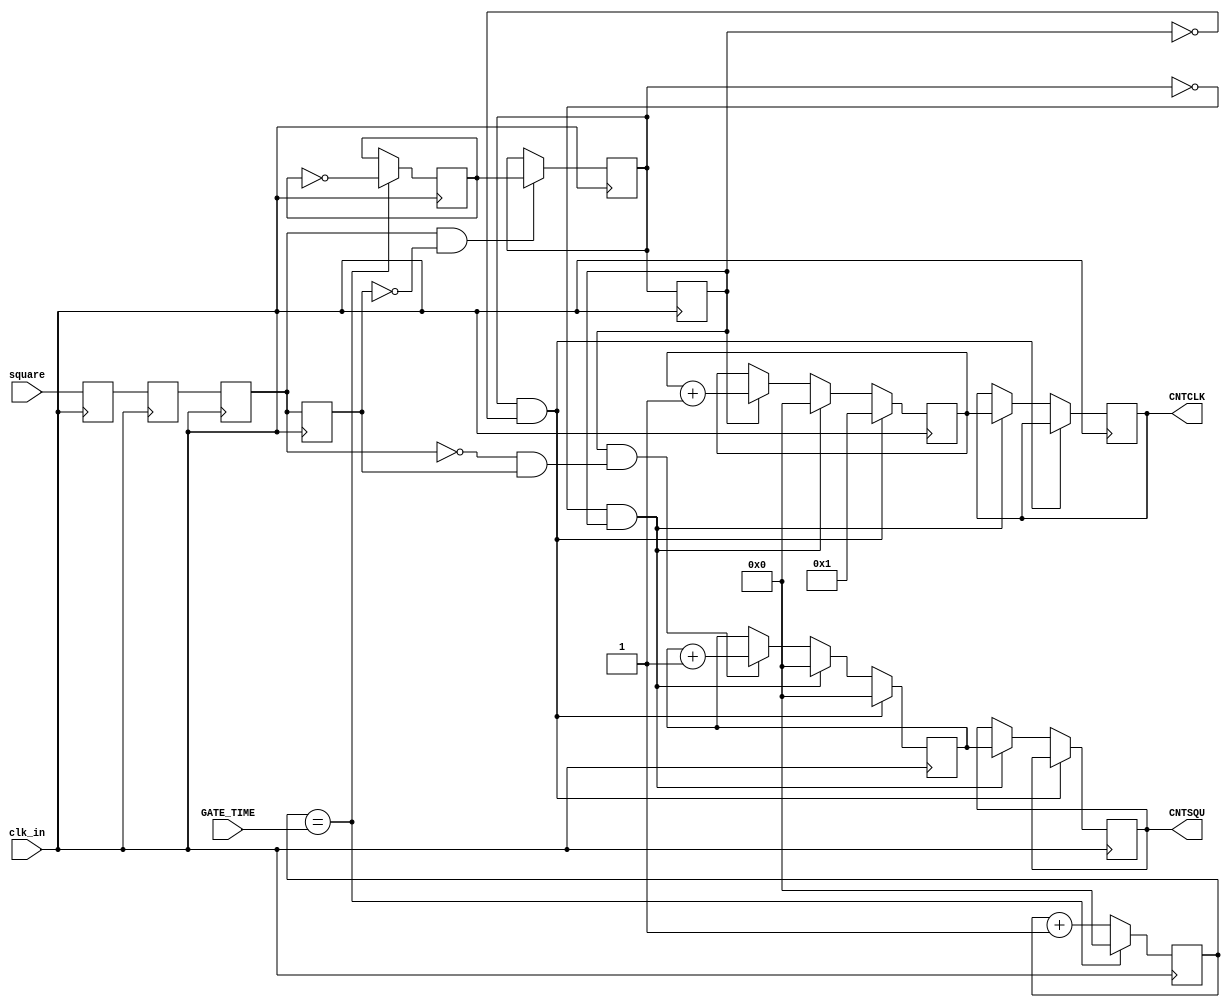
// This program was cloned from: https://github.com/Digital-EDA/Digital-IDE
// License: MIT License

module Fre_meas(
	input			  clk_in,	
	input			  square,
	input      [31:0] GATE_TIME,	
	output     [31:0] CNTCLK,		//
	output     [31:0] CNTSQU		//
);
//parameter   GATE_TIME = 28'd49_999_999;//99_999_99910ms

reg		square_r0 = 1'b0;
reg		square_r1 = 1'b0;
reg		square_r2 = 1'b0;
reg		square_r3 = 1'b0;

reg		gate = 1'b0;	//
reg		gatebuf = 1'b0; //
reg		gatebuf1 = 1'b0;//

reg [31:0]	cnt1 = 28'd0;   // 1s 
reg	[31:0]	cnt2 = 28'd0;
reg	[31:0]	cnt2_r = 28'd0;
reg	[31:0]	cnt3 = 28'd0;
reg	[31:0]	cnt3_r = 28'd0;

wire		square_pose,square_nege;
wire		gate_start,gate_end;

//100MHz
always @ (posedge clk_in)
begin
	square_r0 <= square;
	square_r1 <= square_r0;//
	square_r2 <= square_r1;
	square_r3 <= square_r2;
end

assign square_pose = square_r2 & ~square_r3;
assign square_nege = ~square_r2 & square_r3;	

always @ (posedge clk_in)
begin
	if(cnt1 == GATE_TIME)begin
		cnt1 <= 28'd0;
		gate <= ~gate;// 1s 
		end
	else begin
		cnt1 <= cnt1 + 1'b1; 
		end
end

always @ (posedge clk_in )
begin
	if(square_pose == 1'b1)
	begin 
		gatebuf <= gate;//
	end
	gatebuf1 <= gatebuf;//
end

assign	gate_start = gatebuf & ~gatebuf1;//
assign	gate_end = ~gatebuf & gatebuf1;//

//
always @ (posedge clk_in)
begin
	if(gate_start == 1'b1) begin
		cnt2 <= 28'd1;
		end
	else if(gate_end == 1'b1) begin
		cnt2_r <= cnt2;//cnt2_r
		cnt2 <= 28'd0;
		end
	else if(gatebuf1 == 1'b1) begin//
		cnt2 <= cnt2 + 1'b1;end
end

//
always @ (posedge clk_in )
begin
	if(gate_start == 1'b1) begin 
		cnt3 <= 28'd0;
		end
	else if(gate_end == 1'b1) begin 
		cnt3_r <= cnt3;//cnt3_r
		cnt3 <= 28'd0;
		end
	else if(gatebuf1 == 1'b1 && square_nege == 1'b1) begin//(
		cnt3 <= cnt3 + 1'b1;
		end
end


assign CNTCLK = cnt2_r;
assign CNTSQU = cnt3_r;

endmodule